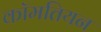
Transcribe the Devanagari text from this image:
कॉमतियन